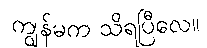
ကျွန်မက သိရပြီလေ။